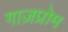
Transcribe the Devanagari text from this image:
गाज़प्रोम